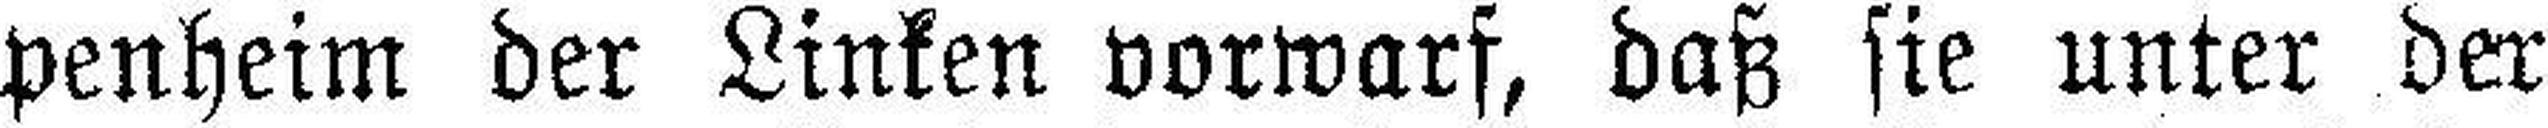
penheim der Linken vorwarf, daß sie unter der